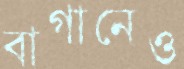
বাগানেও